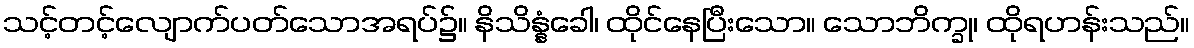
သင့်တင့်လျောက်ပတ်သောအရပ်၌။ နိသိန္နံခေါ၊ ထိုင်နေပြီးသော။ သောဘိက္ခု၊ ထိုရဟန်းသည်။